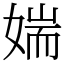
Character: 媏